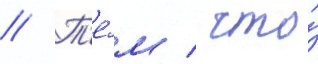
// Т'е́м / что́